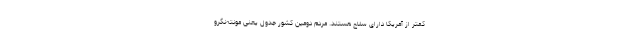
کمتر از آمریکا دارای سلاح هستند. مردم دومین کشور جدول یعنی مونته‌نگرو